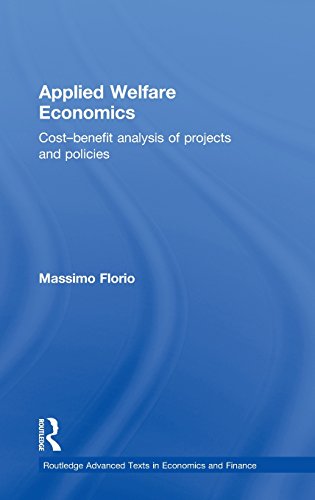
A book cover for Applied Welfare Economics: Cost-Benefit Analysis of Projects and Policies (Routledge Advanced Texts in Economics and Finance); Massimo Florio; Business & Money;